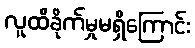
လူထိခိုက်မှုမရှိကြောင်း